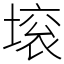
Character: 㙥